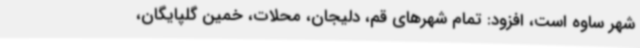
شهر ساوه است، افزود: تمام شهرهای قم، دلیجان، محلات، خمین گلپایگان،